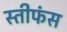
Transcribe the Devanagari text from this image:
स्तीफंस